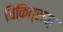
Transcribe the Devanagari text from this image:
चिकित्सक्